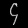
Digit: ၄